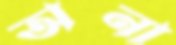
অনা